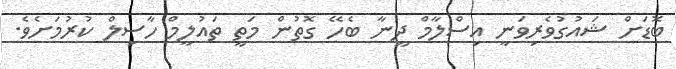
ބޮޑަށް ޝައުގުވެރިވަނީ އިސްލާމް ދީނާ ބެހޭ ގޮތުން މަތީ ތައުލީމް ހާސިލް ކުރުމަށެވެ.